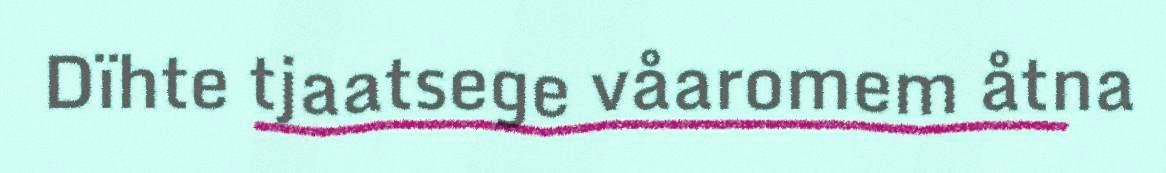
Dïhte tjaatsege våaromem åtna